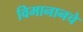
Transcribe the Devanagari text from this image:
विमानानचे